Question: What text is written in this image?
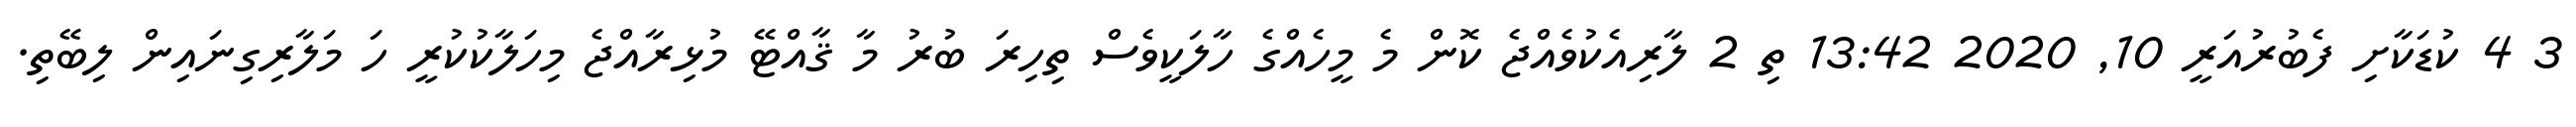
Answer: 3 4 ކުޑަކާށި ފެބުރުއަރީ 10, 2020 13:42 ތި 2 ލާރިއެކުވެއްޖެ ކޮން މެ މީހެއްގެ ހާލަކީވެސް ތިހިރަ ބުރު މާ ޤާއްޓޭ މުޅިރާއްޖެ މިހަލާކުކުރީ ހަ މަލާރިގިނައިން ލިބޭތި.